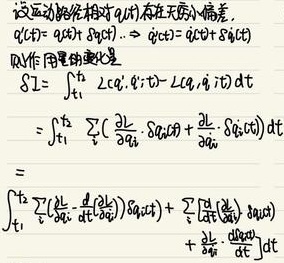
设运动路径相对于\(q_i(t)\)存在无穷小偏差，
\[q_i(t)=q_i(t)+\delta q_i(t)\Rightarrow \dot{q}_i(t)=\dot{q}_i(t)+\delta\dot{q}_i(t)\]
则作用量的变化是
\[\begin{align*}
\delta I&=\int_{t_1}^{t_2} \left[L(q_i+\delta q_i,\dot{q}_i + \delta\dot{q}_i)-L(q_i,\dot{q}_i)\right]dt\\
&=\int_{t_1}^{t_2}\sum_{i}\left(\frac{\partial L}{\partial q_i}\delta q_i+\frac{\partial L}{\partial \dot{q}_i}\cdot\delta\dot{q}_i\right)dt\\
&=\int_{t_1}^{t_2}\sum_{i}\left(\frac{\partial L}{\partial q_i}-\frac{d}{dt}\frac{\partial L}{\partial \dot{q}_i}\right)\delta q_i(t)dt+\sum_{i}\left[\frac{\partial L}{\partial \dot{q}_i}\delta q_i\right]_{t_1}^{t_2}\\
&+\int_{t_1}^{t_2}\frac{\partial L}{\partial \dot{q}_i}\cdot\frac{d}{dt}[\delta q_i]dt
\end{align*}\]